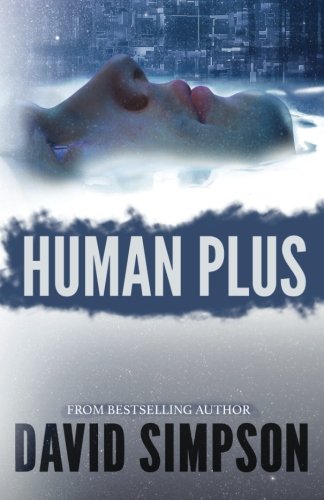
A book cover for Human Plus (Post-Human Series); David Simpson; Science Fiction & Fantasy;